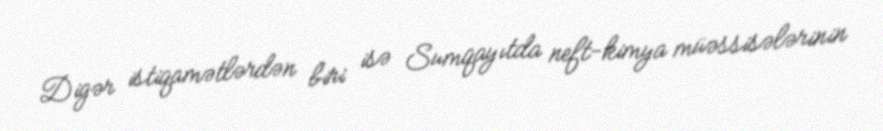
Digər istiqamətlərdən biri isə Sumqayıtda neft-kimya müəssisələrinin